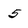
Character: 5